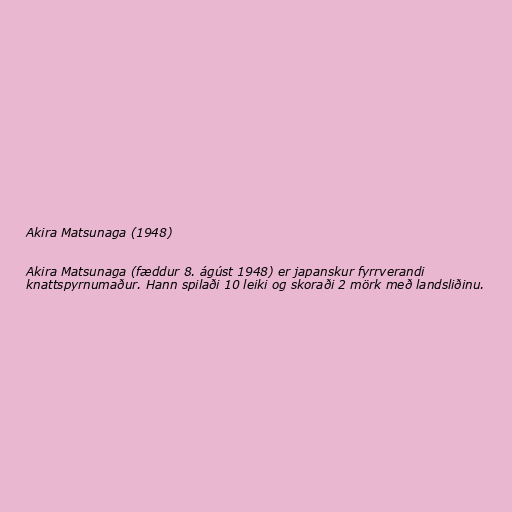
Akira Matsunaga (1948)

Akira Matsunaga (fæddur 8. ágúst 1948) er japanskur fyrrverandi
knattspyrnumaður. Hann spilaði 10 leiki og skoraði 2 mörk með landsliðinu.